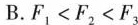
B.$$F_{1}<F_{2}<F_{3}$$